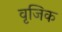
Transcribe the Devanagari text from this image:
वृजिक